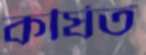
কর্ষিত